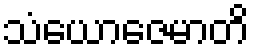
သံယောဇေမာတိ